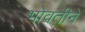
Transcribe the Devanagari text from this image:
भोवतीने